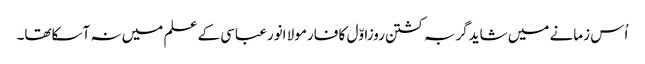
اُس زمانے میں شایدگربہ کشتن روزاوّل کا فارمولا انورعباسی کے علم میں نہ آسکاتھا۔